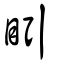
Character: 䀕